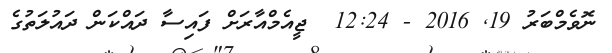
ނޮވެމްބަރު 19